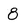
Character: 8